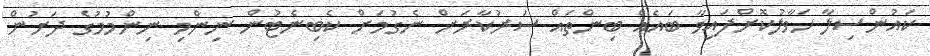
ކައުންސިލާ ހަވާލުކޮށްފައިވާ ބައެއް ބިންތައް ސަރުކާރަށް ނެގުމަށް ކެބިނެޓުން ނިންމި ނިންމުމުގެ ދަށުން